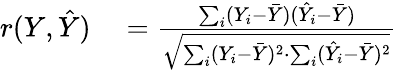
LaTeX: \begin{array}{rl}{r(Y,{\hat{Y}})}&{{}={\frac{\sum_{i}(Y_{i}-{\bar{Y}})({\hat{Y}}_{i}-{\bar{Y}})}{\sqrt{\sum_{i}(Y_{i}-{\bar{Y}})^{2}\cdot\sum_{i}({\hat{Y}}_{i}-{\bar{Y}})^{2}}}}}\end{array}